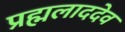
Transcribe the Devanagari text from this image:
प्रह्मलाददेव